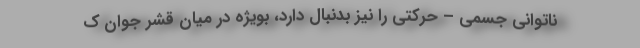
ناتوانی جسمی – حرکتی را نیز بدنبال دارد، بویژه در میان قشر جوان ک